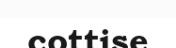
cottise